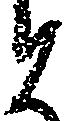
と